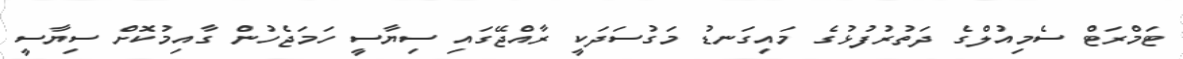
ޓަމްރަޓް ސެމިއުލްގެ ދަތުރުފުޅުގެ މައިގަނޑު މަގުސަދަކީ ރާއްޖޭގައި ސިޔާސީ ހަމަޖެހުން ގާއިމުކޮށް ސިޔާސީ